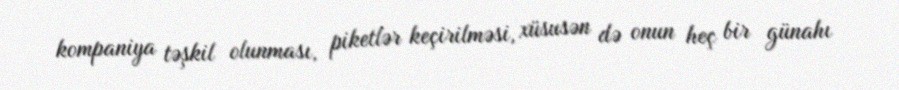
kompaniya təşkil olunması, piketlər keçirilməsi, xüsusən də onun heç bir günahı